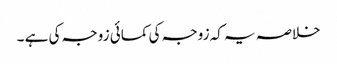
خلاصہ یہ کہ زوجہ کی کمائی زوجہ کی ہے ۔